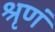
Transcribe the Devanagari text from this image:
श्रृणं